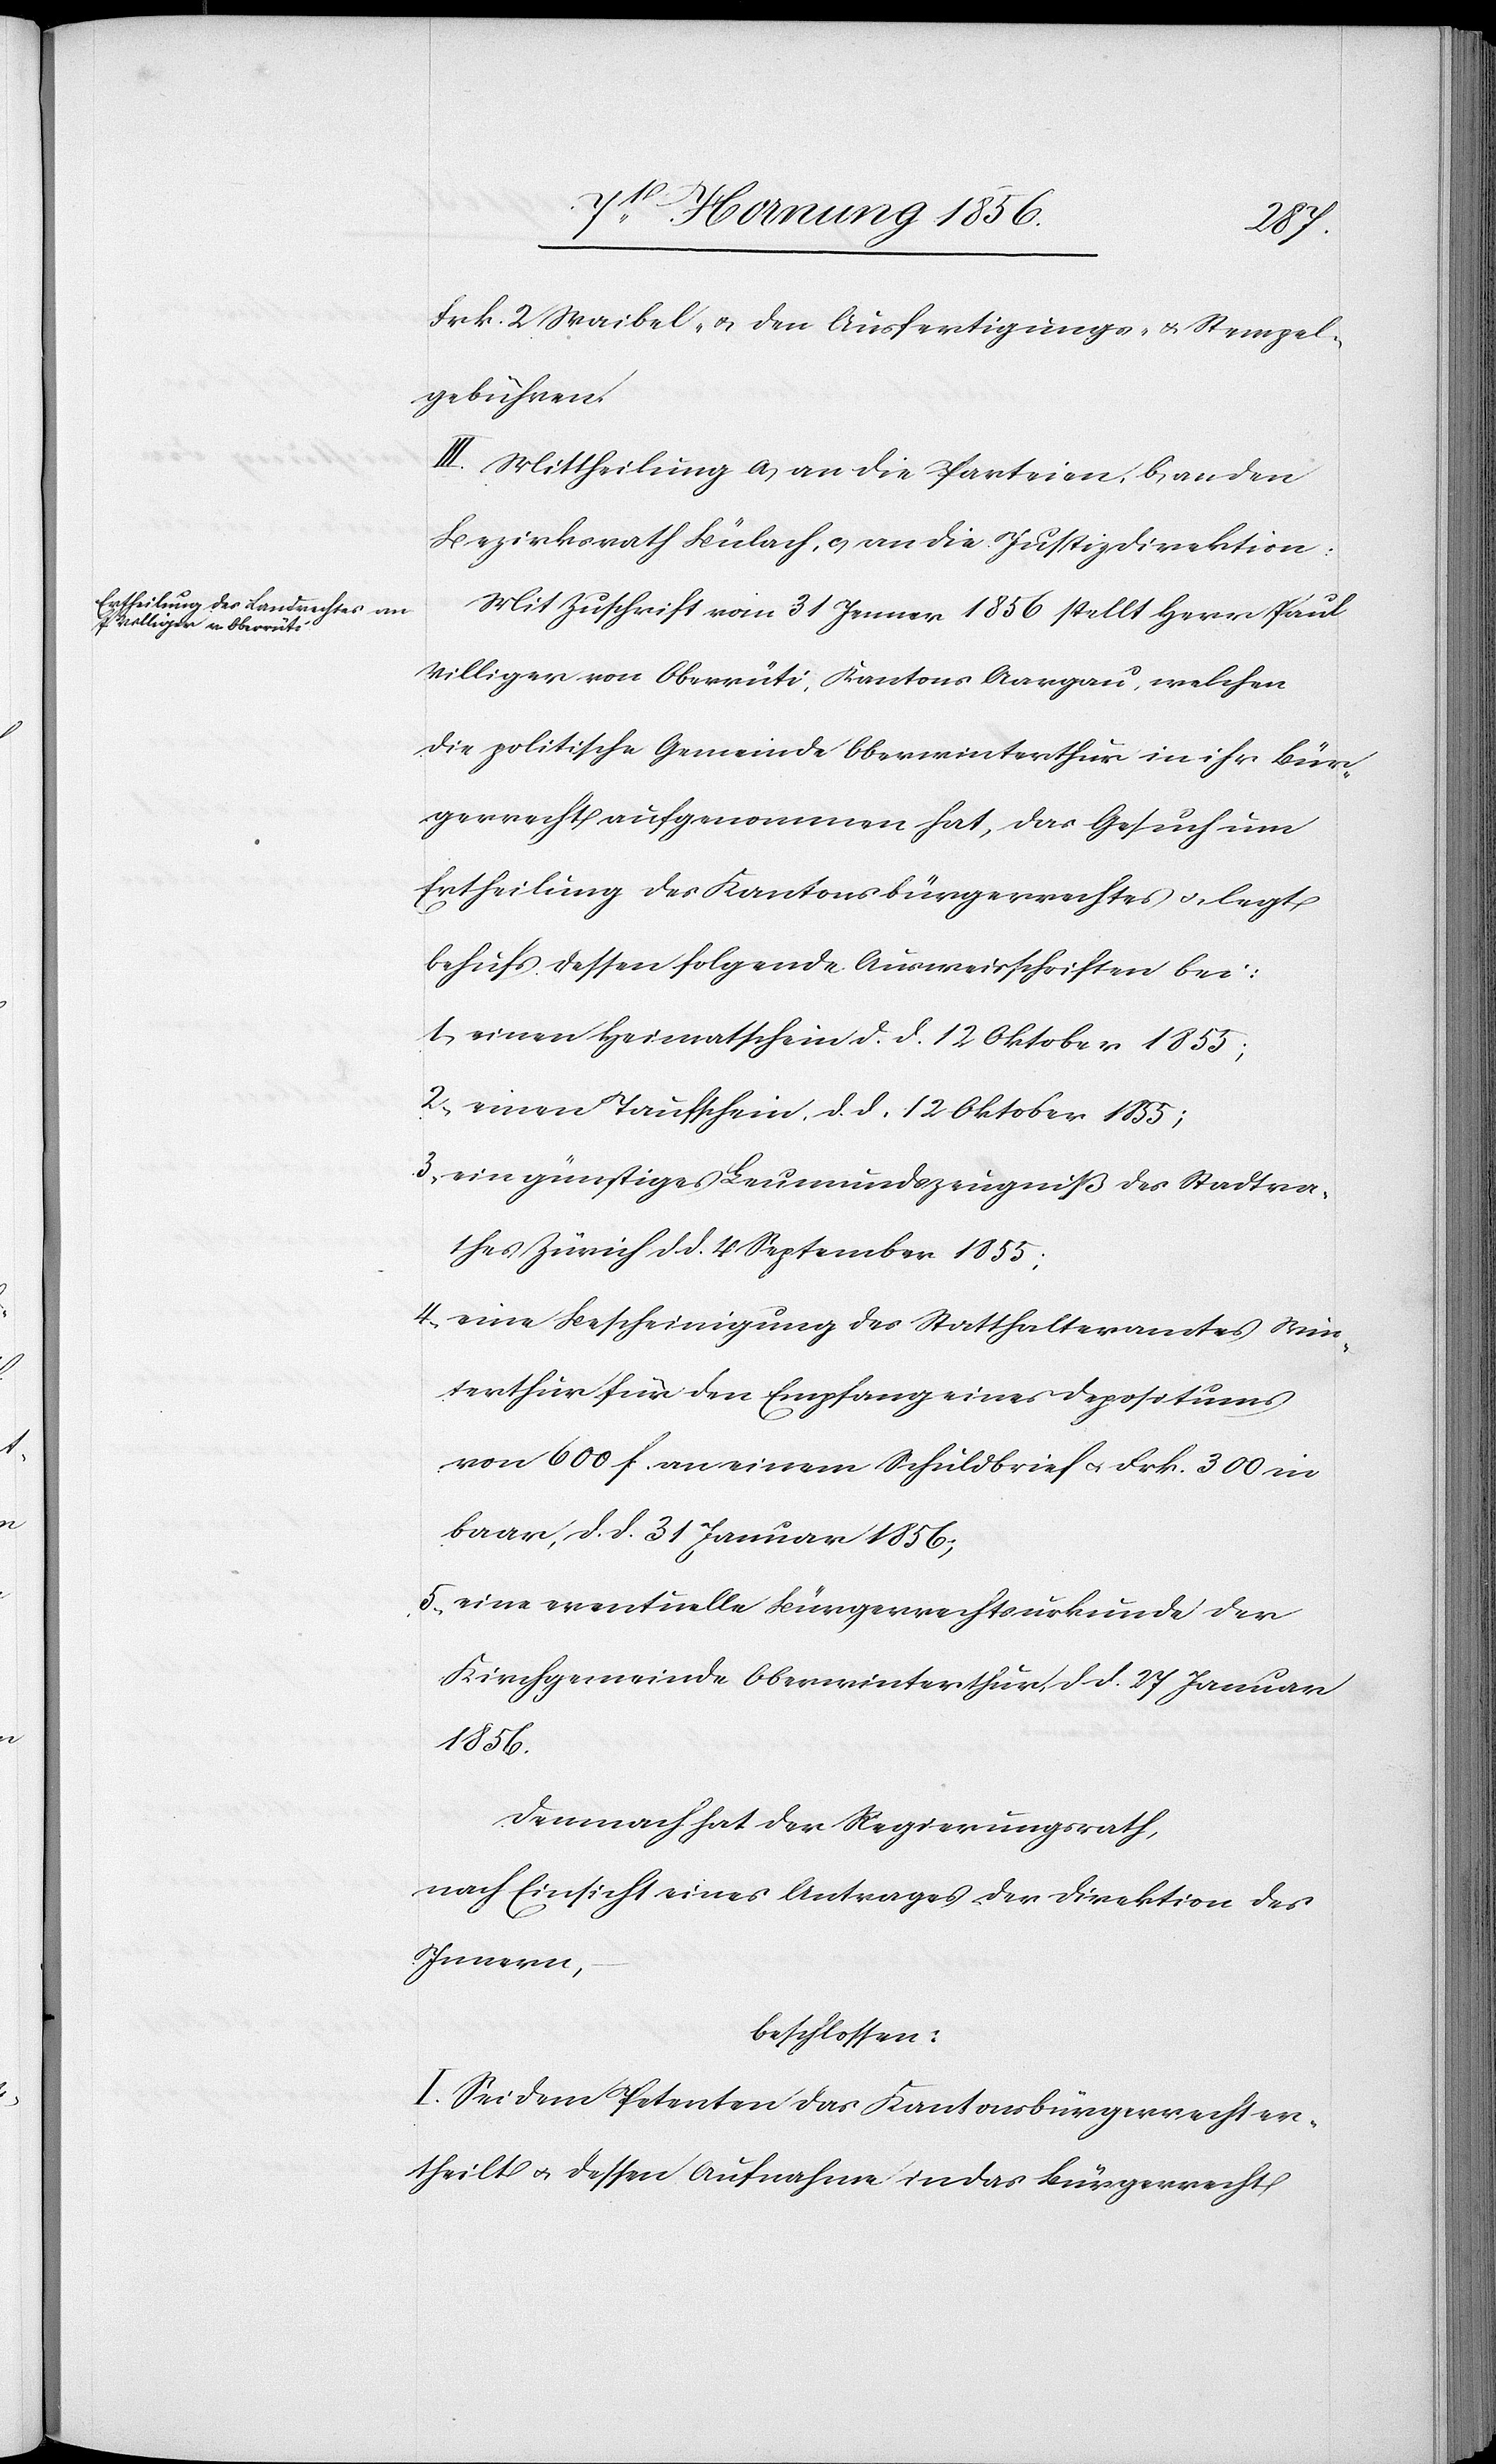
Frk. 2 Waibel- u. den Ausfertigungs- u. Stempel¬
gebühren.
III. Mittheilung a, an die Parteien, b, an den
Bezirksrath Bülach, c, an die Justizdirektion.
Mit Zuschrift vom 31 Jenner 1856 stellt Herr Paul
Villiger von Oberrüti, Kantons Aargau, welchen
die politische Gemeinde Oberwinterthur in ihr Bür¬
gerrecht aufgenommen hat, das Gesuch um
Ertheilung des Kantonsbürgerrechtes u. legt
behufs dessen folgende Ausweisschriften bei:
1., einen Heimatschein d. d. 12 Oktober 1855;
2., einen Taufschein, d. d. 12 Oktober 1855;
3., ein günstiges Leumundszeugniß des Stadtra¬
thes Zürich d. d. 4 September 1855;
4., eine Bescheinigung des Statthalteramtes Win¬
terthur für den Empfang eines Depositums
von 600 f. an einem Schuldbrief u. Frk. 300 in
baar, d. d. 31 Januar 1856;
5., eine eventuelle Bürgerrechtsurkunde der
Kirchgemeinde Oberwinterthur, d. d. 27 Januar
1856.
Demnach hat der Regierungsrath,
nach Einsicht eines Antrages der Direktion des
Innern,
beschlossen:
I. Sei dem Petenten das Kantonsbürgerrecht er¬
theilt u. dessen Aufnahme in das Bürgerrecht